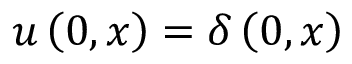
u \left( 0 , x \right) = \delta \left( 0 , x \right)